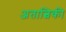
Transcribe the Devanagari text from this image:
अतात्विकी